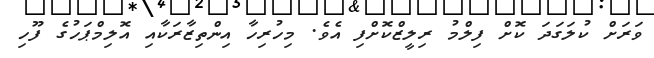
ވަރަށް ކުލަގަދަ ކޮށް ފިލްމު ރިލީޒްކޮށްފި އެވެ. މިހުރިހާ އިންތިޒާރަކާއި އޮލިމްޕަހުގެ ފޫހި